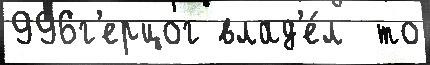
996г'ерцог влад'е́л  то